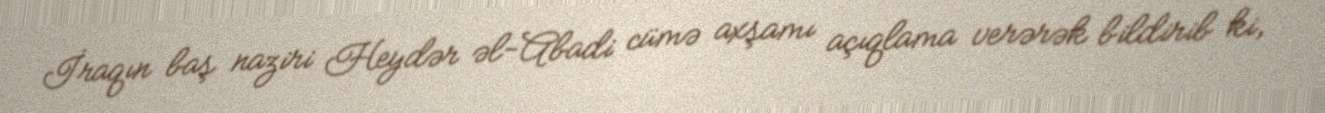
İraqın baş naziri Heydər əl-Abadi cümə axşamı açıqlama verərək bildirib ki,